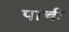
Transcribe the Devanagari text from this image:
पांची